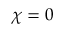
\chi = 0